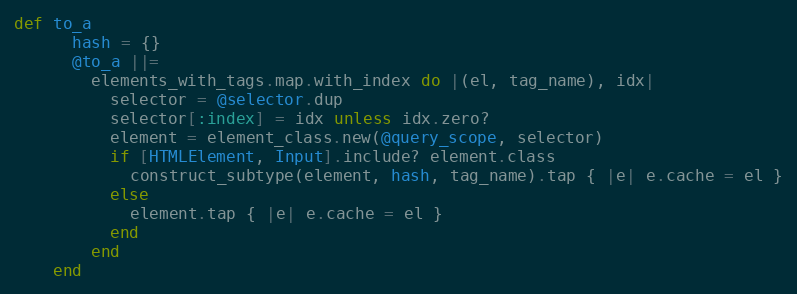
Language: Ruby
def to_a
      hash = {}
      @to_a ||=
        elements_with_tags.map.with_index do |(el, tag_name), idx|
          selector = @selector.dup
          selector[:index] = idx unless idx.zero?
          element = element_class.new(@query_scope, selector)
          if [HTMLElement, Input].include? element.class
            construct_subtype(element, hash, tag_name).tap { |e| e.cache = el }
          else
            element.tap { |e| e.cache = el }
          end
        end
    end